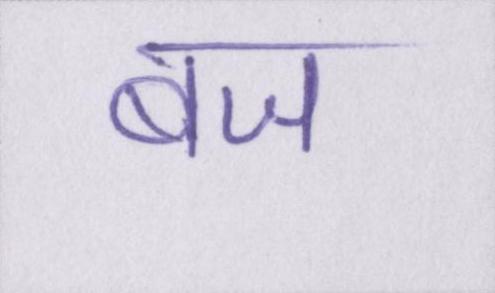
बज